Indian journal of veterinary science and animal husbandry - Volumes 15-17, 1948-1951
Year: 1948
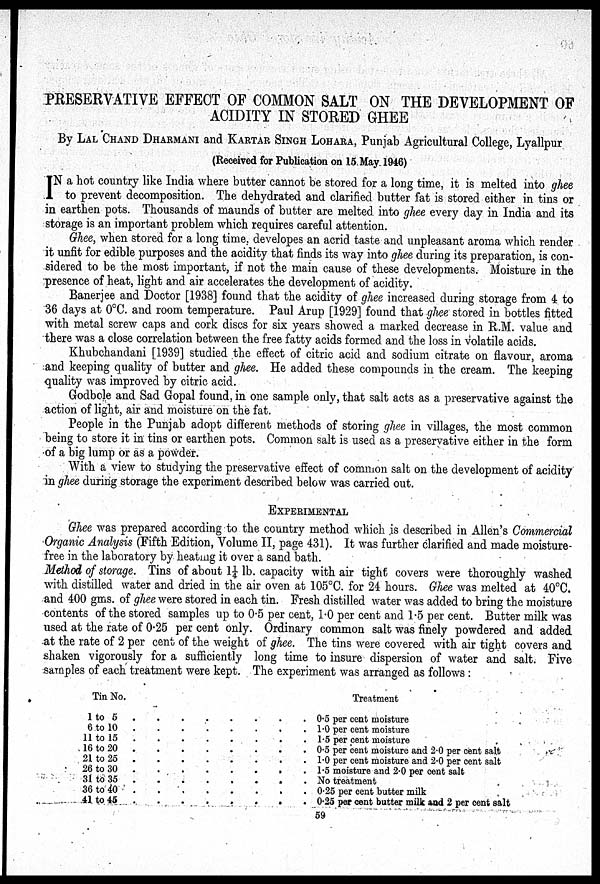
PRESERVATIVE EFFECT OF COMMON SALT ON THE DEVELOPMENT OF
ACIDITY IN STORED GHEE
By LAL CHAND DHARMANI and KARTAR SINGH LOHARA, Punjab Agricultural College, Lyallpur
(Received for Publication on 15 May 1946)
I N a hot country like India where butter cannot be stored for a long time, it is melted into ghee
to prevent decomposition. The dehydrated and clarified butter fat is stored either in tins or
in earthen pots. Thousands of maunds of butter are melted into ghee every day in India and its
storage is an important problem which requires careful attention.
Ghee, when stored for a long time, developes an acrid taste and unpleasant aroma which render
it unfit for edible purposes and the acidity that finds its way into ghee during its preparation, is con-
sidered to be the most important, if not the main cause of these developments. Moisture in the
presence of heat, light and air accelerates the development of acidity.
Banerjee and Doctor [1938] found that the acidity of ghee increased during storage from 4 to
36 days at 0ºC. and room temperature. Paul Arup [1929] found that ghee stored in bottles fitted
with metal screw caps and cork discs for six years showed a marked decrease in R.M. value and
there was a close correlation between the free fatty acids formed and the loss in volatile acids.
Khubchandani [1939] studied the effect of citric acid and sodium citrate on flavour, aroma
and keeping quality of butter and ghee. He added these compounds in the cream. The keeping
quality was improved by citric acid.
Godbole and Sad Gopal found, in one sample only, that salt acts as a preservative against the
action of light, air and moisture on the fat.
People in the Punjab adopt different methods of storing ghee in villages, the most common
being to store it in tins or earthen pots. Common salt is used as a preservative either in the form
of a big lump or as a powder.
With a view to studying the preservative effect of common salt on the development of acidity
in ghee during storage the experiment described below was carried out.
EXPERIMENTAL
Ghee was prepared according to the country method which is described in Allen's Commercial
Organic Analysis (Fifth Edition, Volume II, page 431). It was further clarified and made moisture-
free in the laboratory by heating it over a sand bath.
Method of storage. Tins of about 1¼ lb. capacity with air tight covers were thoroughly washed
with distilled water and dried in the air oven at 105ºC. for 24 hours. Ghee was melted at 40ºC.
and 400 gms. of ghee were stored in each tin. Fresh distilled water was added to bring the moisture
contents of the stored samples up to 0.5 per cent, 1.0 per cent and 1.5 per cent. Butter milk was
used at the rate of 0.25 per cent only. Ordinary common salt was finely powdered and added
at the rate of 2 per cent of the weight of ghee. The tins were covered with air tight covers and
shaken vigorously for a sufficiently long time to insure dispersion of water and salt. Five
samples of each treatment were kept. The experiment was arranged as follows:
Tin No.
1 to 5 . . . . . . . .
6 to 10 . . . . . . . .
11 to 15 . . . . . . . .
16 to 20 . . . . . . . .
21 to 25 . . . . . . . .
26 to 30 . . . . . . . .
31 to 35 . . . . . . . .
36 to 40 . . . . . . . .
41 to 45 . . . . . . . .
Treatment
0.5 per cent moisture
1.0 per cent moisture
1.5 per cent moisture
0.5 per cent moisture and 2.0 per cent salt
1.0 per cent moisture and 2.0 per cent salt
1.5 moisture and 2.0 per cent salt
No treatment
0.25 per cent butter milk
0.25 per cent butter milk and 2 per cent salt
59